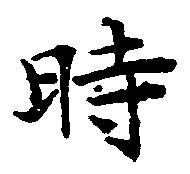
時